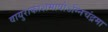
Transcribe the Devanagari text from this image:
वायुराकाशमापोऽग्‍निचंद्रमा